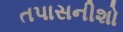
તપાસનીશો